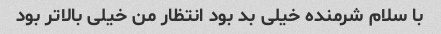
با سلام شرمنده خیلی بد بود انتظار من خیلی بالا‌تر بود